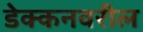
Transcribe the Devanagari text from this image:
डेक्कनवरील